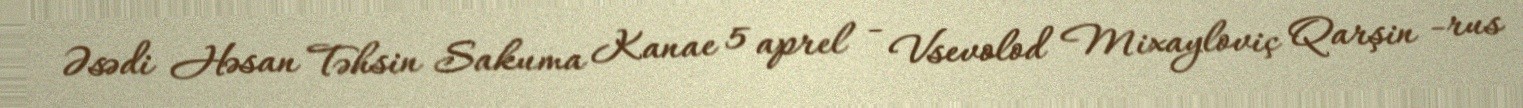
Əsədi Həsan Təhsin Sakuma Kanae 5 aprel - Vsevolod Mixayloviç Qarşin -rus